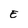
Character: E